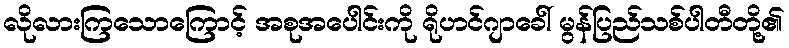
လိုလားကြသောကြောင့် အစုအပေါင်းကို ရိုဟင်ဂျာခေါ် မွန်ပြည်သစ်ပါတီတို့၏